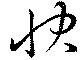
快